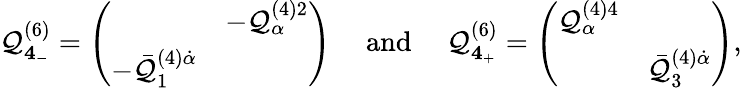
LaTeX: {\cal Q}_{{\mathbf 4}_{-}}^{(6)}=\left(\begin{array}{cc}{{}}&{{-{\cal Q}_{\alpha}^{(4)2}}}\\ {{-\bar{{\cal Q}}_{1}^{(4)\dot{\alpha}}}}&{{}}\end{array}\right)\quad\mathrm{~and~}\quad{\cal Q}_{{\mathbf 4}_{+}}^{(6)}=\left(\begin{array}{cc}{{{\cal Q}_{\alpha}^{(4)4}}}&{{}}\\ {{}}&{{\bar{{\cal Q}}_{3}^{(4)\dot{\alpha}}}}\end{array}\right),